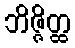
ဘိဇ္ဇိတ္ထ